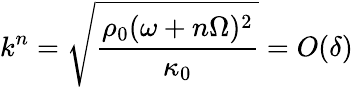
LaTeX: k^{n}=\sqrt{\frac{\rho_{0}(\omega+n\Omega)^{2}}{\kappa_{0}}}=O(\delta)